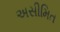
અસીમિત